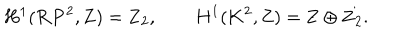
LaTeX: H ^ { 1 } ( { \bf R P } ^ { 2 } , { \bf Z } ) = { \bf Z } _ { 2 } , \qquad H ^ { 1 } ( { \bf K } ^ { 2 } , { \bf Z } ) = { \bf Z } \oplus { \bf Z } _ { 2 } .